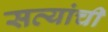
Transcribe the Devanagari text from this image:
सत्यांची